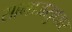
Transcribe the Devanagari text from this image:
सामाजसुधार